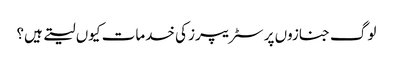
لوگ جنازوں پر سٹریپرز کی خدمات کیوں لیتے ہیں؟